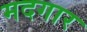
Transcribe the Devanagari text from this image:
मदगार